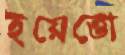
ইয়েত্তো